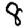
Digit: 8